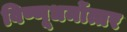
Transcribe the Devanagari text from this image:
विष्णूधर्मोत्तर